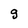
Character: g